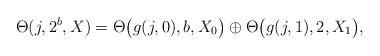
LaTeX: \begin{align*}\Theta(j,2^b,X)=\Theta\bigl(g(j,0),b,X_0\bigr)\oplus\Theta\bigl(g(j,1),2,X_1\bigr),\end{align*}